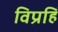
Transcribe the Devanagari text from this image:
विप्रहिं